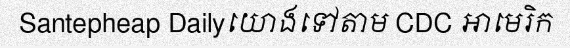
Santepheap Dailyយោងទៅតាម CDC អាមេរិក